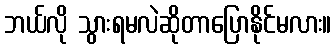
ဘယ်လို သွားရမလဲဆိုတာပြောနိုင်မလား။